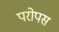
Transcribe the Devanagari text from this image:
परोपस